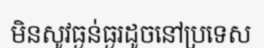
មិនសូវធ្ងន់ធ្ងរដូចនៅប្រទេស